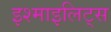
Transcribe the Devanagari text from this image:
इश्माइलिट्स